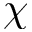
\chi